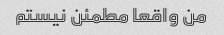
من واقعا مطمئن نیستم